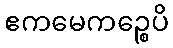
ဧကမေကဉ္စေပိ